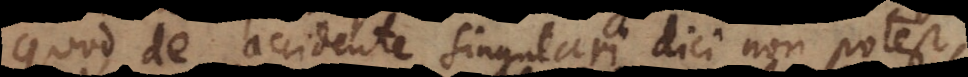
Quod de accidente singulari dici non potest,